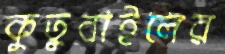
কুতুবাইলের